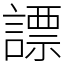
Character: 謤